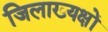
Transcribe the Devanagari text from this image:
जिलाख्यक्षों